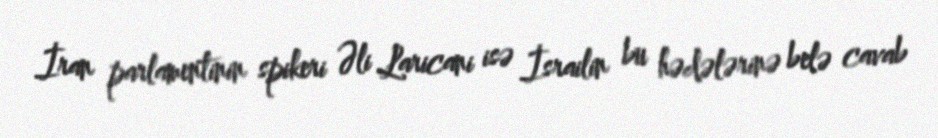
İran parlamentinin spikeri Əli Laricani isə İsrailin bu hədələrinə belə cavab